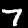
Digit: 7